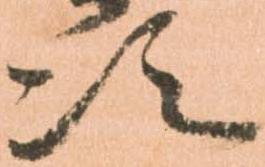
次